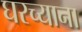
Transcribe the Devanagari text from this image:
घरच्याना